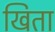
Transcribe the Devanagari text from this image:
खिता